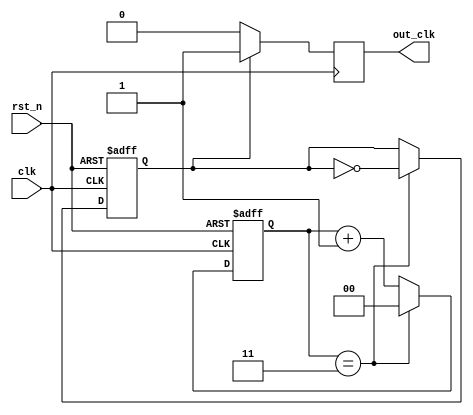
module dual_modulus_clock_divider (
    input wire clk,
    input wire rst_n,
    output reg out_clk
);

parameter M = 3; //Modulus value
reg [1:0] counter;
reg toggle;

always @(posedge clk or negedge rst_n) begin
    if (~rst_n) begin
        counter <= 2'b00;
        toggle <= 1'b0;
    end else begin
        if (counter == M) begin
            counter <= 2'b00;
            toggle <= ~toggle;
        end else begin
            counter <= counter + 1;
        end
    end
end

always @(posedge clk) begin
    if (toggle) begin
        out_clk <= 1'b1;
    end else begin
        out_clk <= 1'b0;
    end
end

endmodule